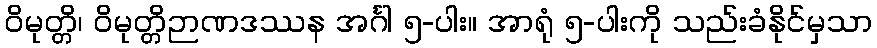
ဝိမုတ္တိ၊ ဝိမုတ္တိဉာဏဒဿန အင်္ဂါ ၅-ပါး။ အာရုံ ၅-ပါးကို သည်းခံနိုင်မှသာ